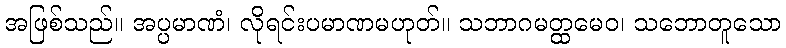
အဖြစ်သည်။ အပ္ပမာဏံ၊ လိုရင်းပမာဏမဟုတ်။ သဘာဂမတ္ထမေဝ၊ သဘောတူသော